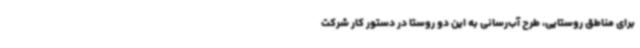
برای مناطق روستایی، طرح آب‌رسانی به این دو روستا در دستور کار شرکت